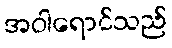
အဝါရောင်သည်